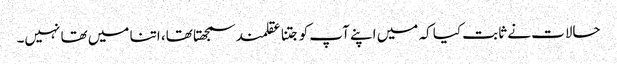
حالات نے ثابت کیا کہ میں اپنے آپ کو جتنا عقلمند سمجھتا تھا، اتنا میں تھا نہیں۔